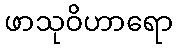
ဖာသုဝိဟာရော